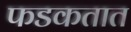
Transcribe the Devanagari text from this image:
फडकतात